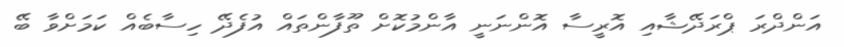
އަންދްރަ ޕްރަދޭޝާއި އޮރީސާ އޮންނަނީ އާންމުކޮށް ތޫފާންތައް އުފެދޭ ހިސާބެއް ކަމަށްވާ ބޭ